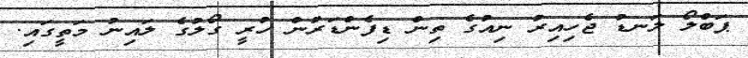
ޕަބްލޯ ލަނޑު ޖެހިއިރު ނިއުގެ ތިން ޑިފެންޑަރުން ހުރީ ގޯލުގެ ލައިނު މަތީގައި.